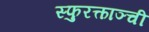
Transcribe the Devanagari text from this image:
स्फुरत्काञ्ची